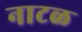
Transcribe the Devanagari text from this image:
नाटळ